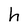
Character: h